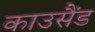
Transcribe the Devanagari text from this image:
काउसैंड